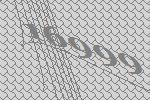
16999